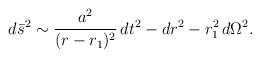
LaTeX: \begin{align*}d\bar{s}^2 \sim \frac{a^2}{(r-r_1)^2}\,dt^2 - dr^2 - r_1^2\,d\Omega^2.\end{align*}